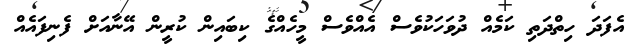
އެފަދަ ހިތްދަތި ކަމެއް ދުވަހަކުވެސް އެއްވެސް މީހެއްގެ ކިބައިން ކުރީން އޭނާއަށް ފެނިފައެއް